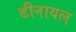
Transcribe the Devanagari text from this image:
डीनायल